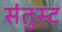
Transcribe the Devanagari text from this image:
संतुस्ट